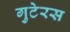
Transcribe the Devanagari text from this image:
गुटेरस